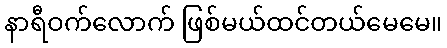
နာရီဝက်လောက် ဖြစ်မယ်ထင်တယ်မေမေ။